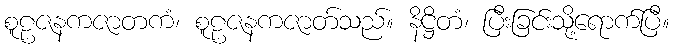
စူဠဇနကဇာတကံ၊ စူဠဇနကဇာတ်သည်။ နိဋ္ဌိတံ၊ ပြီးခြင်းသို့ရောက်ပြီ။